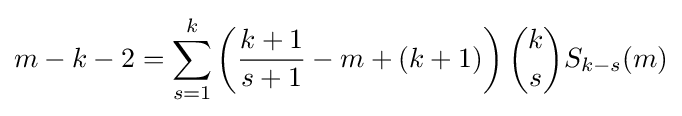
m-k-2=\sum _{s=1}^{k}\left({\frac {k+1}{s+1}}-m+(k+1)\right){\binom {k}{s}}S_{k-s}(m)